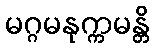
မဂ္ဂမနုက္ကမန္တိ